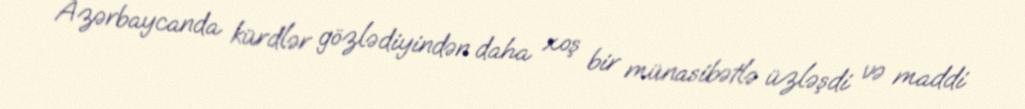
Azərbaycanda kürdlər gözlədiyindən daha xoş bir münasibətlə üzləşdi və maddi